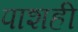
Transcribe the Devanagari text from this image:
पाशही